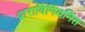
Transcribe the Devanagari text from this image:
द्वाराविनियमित